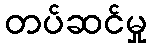
တပ်ဆင်မှု